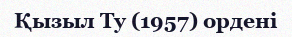
Қызыл Ту (1957) ордені